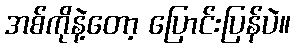
အစ်ကိုနဲ့တော့ ပြောင်းပြန်ပဲ။